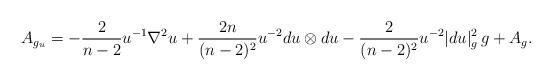
LaTeX: \begin{align*}A_{g_u} = -\frac{2}{n-2} u^{-1} \nabla^2 u + \frac{2n}{(n-2)^2} u^{-2} du \otimes du - \frac{2}{(n-2)^2} u^{-2}|du|_g^2\,g + A_g.\end{align*}